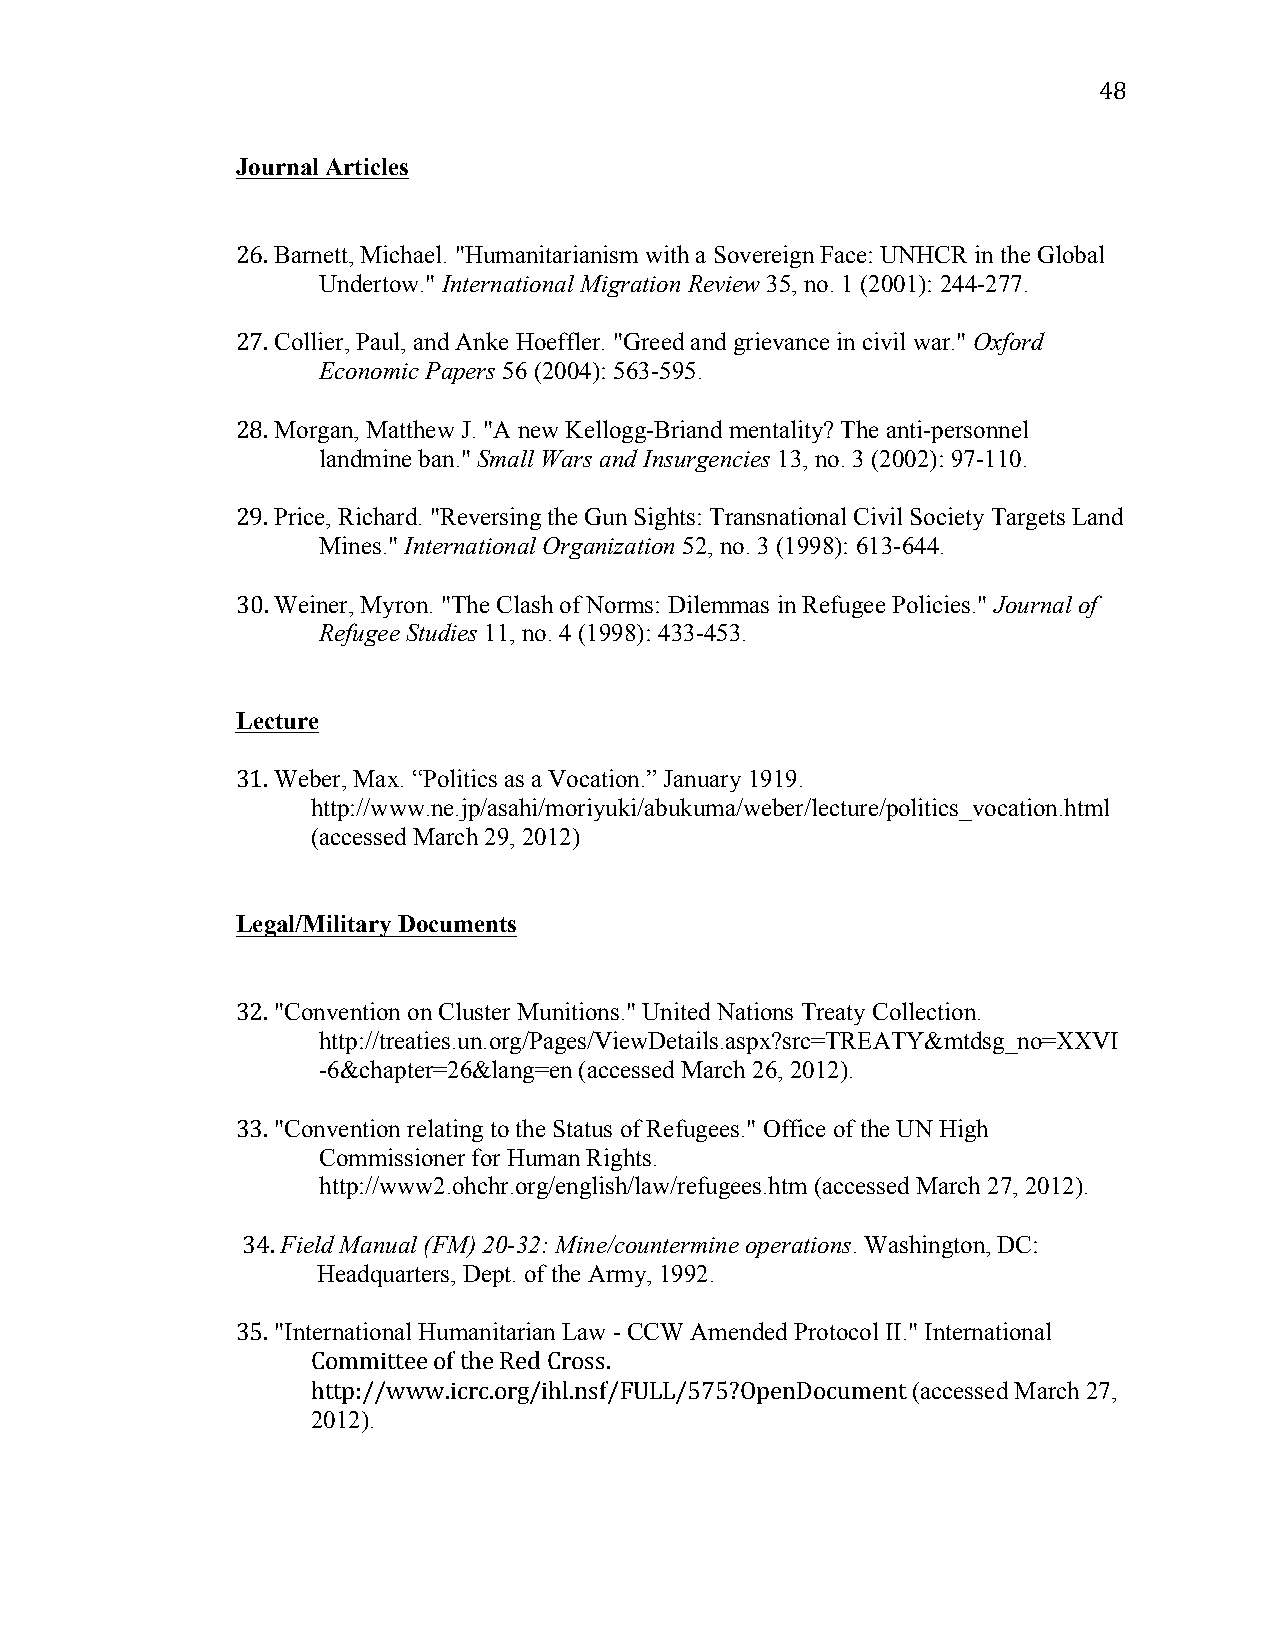
48
 Journal Articles
 26. Barnett, Michael. "Humanitarianism with a Sovereign Face: UNHCR in the Global
 Undertow." International Migration Review 35, no. 1 (2001): 244-277.
 27. Collier, Paul, and Anke Hoeffler. "Greed and grievance in civil war." Oxford
 Economic Papers 56 (2004): 563-595.
 28. Morgan, Matthew J. "A new Kellogg-Briand mentality? The anti-personnel
 landmine ban." Small Wars and Insurgencies 13, no. 3 (2002): 97-110.
 29. Price, Richard. "Reversing the Gun Sights: Transnational Civil Society Targets Land
 Mines." International Organization 52, no. 3 (1998): 613-644.
 30. Weiner, Myron. "The Clash of Norms: Dilemmas in Refugee Policies." Journal of
 Refugee Studies 11, no. 4 (1998): 433-453.
 Lecture
 31. Weber, Max. “Politics as a Vocation.” January 1919.
 http://www.ne.jp/asahi/moriyuki/abukuma/weber/lecture/politics_vocation.html
 (accessed March 29, 2012)
 Legal/Military Documents
 32. "Convention on Cluster Munitions." United Nations Treaty Collection.
 http://treaties.un.org/Pages/ViewDetails.aspx?src=TREATY&mtdsg_no=XXVI
 -6&chapter=26&lang=en (accessed March 26, 2012).
 33. "Convention relating to the Status of Refugees." Office of the UN High
 Commissioner for Human Rights.
 http://www2.ohchr.org/english/law/refugees.htm (accessed March 27, 2012).
 34. Field Manual (FM) 20-32: Mine/countermine operations. Washington, DC:
 Headquarters, Dept. of the Army, 1992.
 35. "International Humanitarian Law - CCW Amended Protocol II." International
 Committee of the Red Cross.
 http://www.icrc.org/ihl.nsf/FULL/575?OpenDocument (accessed March 27,
 2012).